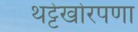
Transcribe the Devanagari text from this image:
थट्टेखोरपणा